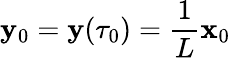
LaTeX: {\mathbf y}_{0}={\mathbf y}(\tau_{0})=\frac{1}{L}{\mathbf x}_{0}